Annual report of the Prince of Wales Medical College, Patna
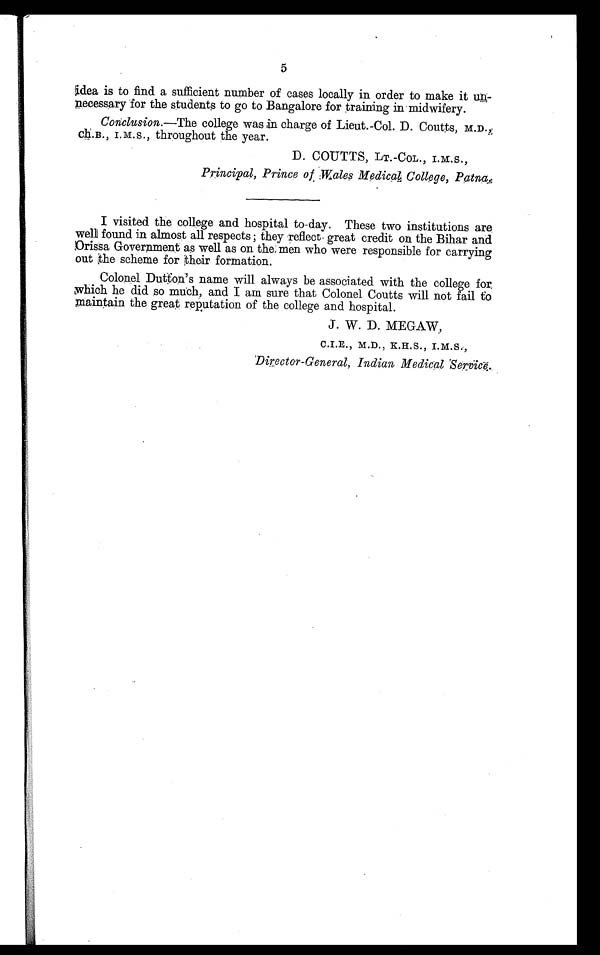
5
idea is to find a sufficient number of cases locally in order to make it un-
necessary for the students to go to Bangalore for training in midwifery.
Conclusion.—The college was in charge of Lieut.-Col. D. Cout t s, M. D. ,
C h.B., I.M.S., throughout the year.
D. COUTTS, LT.-COL., I.M.S.,
Principal, Prince of Wales Medical College, Patna,
I visited the college and hospital to-day. These two institutions are
well found in almost all respects ; they reflect- great credit on the Bihar and
Orissa Government as well as on the men who were responsible for carrying
out the scheme for their formation.
Colonel Dutton’s name will always be associated with the college for
which he did so much, and I am sure that Colonel Coutts will not fail to
maintain the great reputation of the college and hospital.
J. W. D. MEGAW,
C.I.E., M.D., K.H.S., I.M.S.,
Director-General, Indian Medical Service.